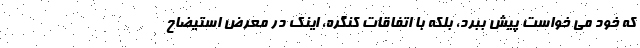
که خود می خواست پیش ببرد، بلکه با اتفاقات کنگره، اینک در معرض استیضاح